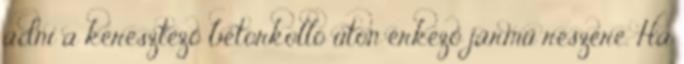
adni a keresztező betorkolló úton érkező jármű részére. Ha